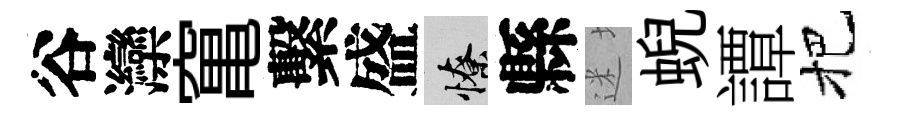
谷灤𥧄繫盛憭縣迷蜺譚把